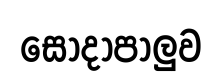
සෝදාපාලුව